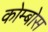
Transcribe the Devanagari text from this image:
कोम्बोस